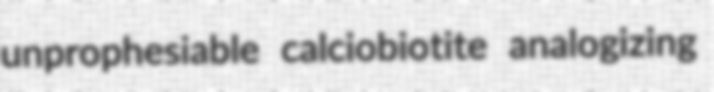
unprophesiable calciobiotite analogizing